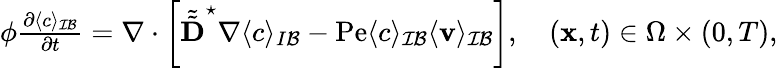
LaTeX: \begin{array}{r}{\phi\frac{\partial\langle c\rangle_{\mathcal{IB}}}{\partial t}=\nabla\cdot\left[\tilde{\tilde{\textbf{D}}}^{\star}\nabla\langle c\rangle_{I\mathcal B}-\mathrm{Pe}\langle c\rangle_{\mathcal{IB}}\langle\mathbf v\rangle_{\mathcal{IB}}\right],\quad(\mathbf x,t)\in\Omega\times(0,T),}\end{array}